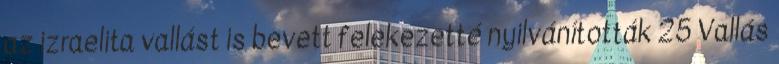
az izraelita vallást is bevett felekezetté nyilvánították 25 Vallás